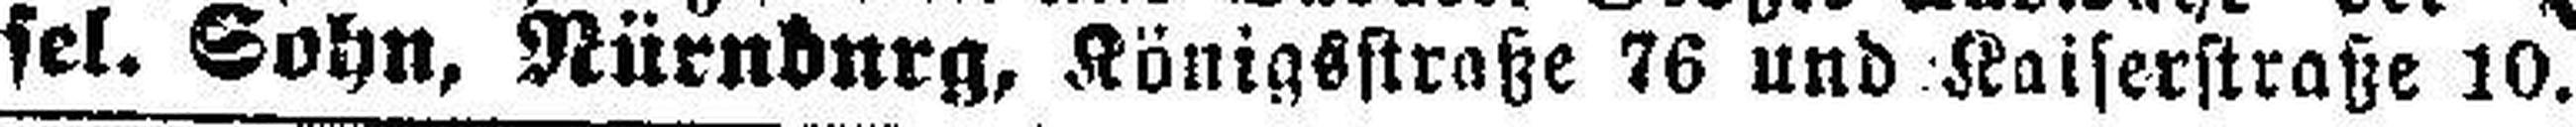
sel. Sohn, Nürnburg, Königsstraße 76 und Kaiserstraße 10.